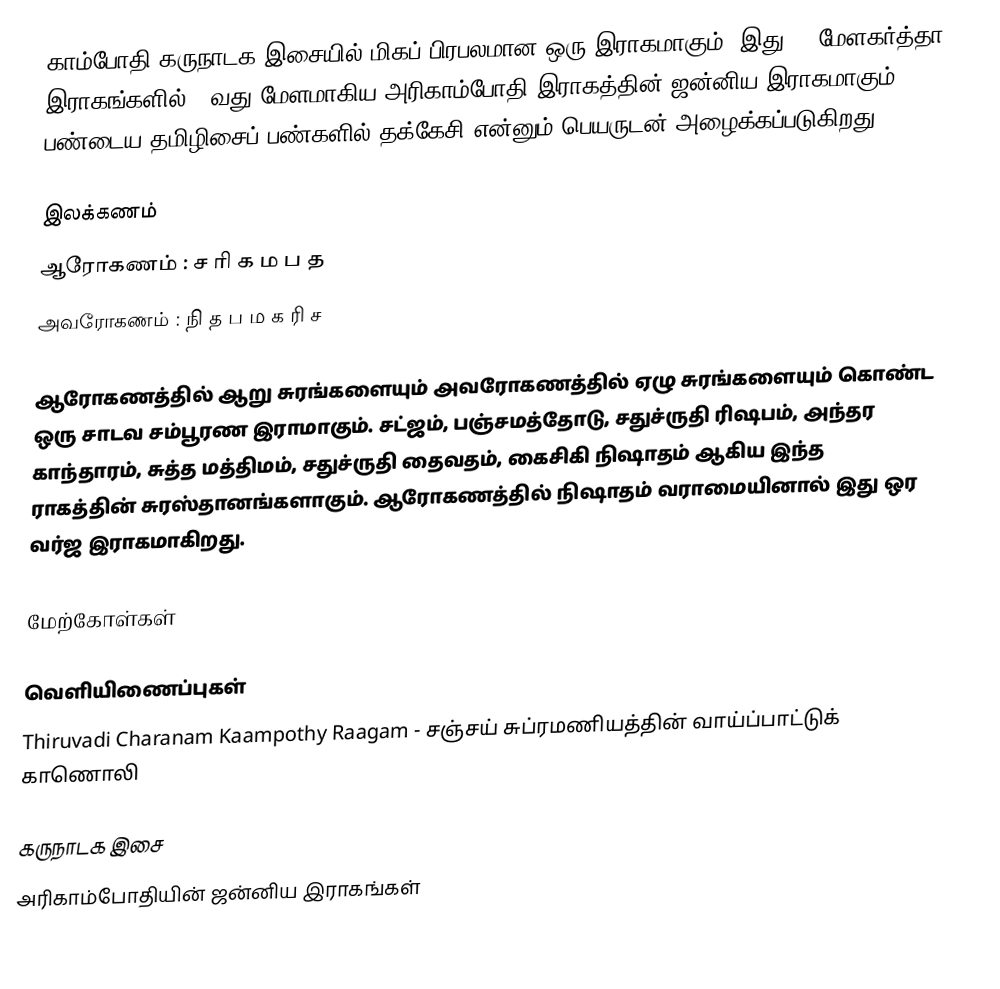
காம்போதி கருநாடக இசையில் மிகப் பிரபலமான ஒரு இராகமாகும். இது 72 மேளகர்த்தா இராகங்களில் 28வது மேளமாகிய அரிகாம்போதி இராகத்தின் ஜன்னிய இராகமாகும். பண்டைய தமிழிசைப் பண்களில் தக்கேசி என்னும் பெயருடன் அழைக்கப்படுகிறது.

இலக்கணம்
ஆரோகணம் : ச ரி க ம ப த
அவரோகணம் : நி த ப ம க ரி ச

ஆரோகணத்தில் ஆறு சுரங்களையும் அவரோகணத்தில் ஏழு சுரங்களையும் கொண்ட ஒரு சாடவ சம்பூரண இராமாகும். சட்ஜம், பஞ்சமத்தோடு, சதுச்ருதி ரிஷபம், அந்தர காந்தாரம், சுத்த மத்திமம், சதுச்ருதி தைவதம், கைசிகி நிஷாதம் ஆகிய இந்த ராகத்தின் சுரஸ்தானங்களாகும். ஆரோகணத்தில் நிஷாதம் வராமையினால் இது ஒர வர்ஜ இராகமாகிறது.

மேற்கோள்கள்

வெளியிணைப்புகள்
 Thiruvadi Charanam Kaampothy Raagam - சஞ்சய் சுப்ரமணியத்தின் வாய்ப்பாட்டுக் காணொலி

கருநாடக இசை
அரிகாம்போதியின் ஜன்னிய இராகங்கள்